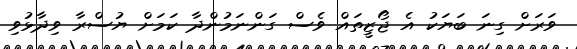
ވަރަށް ގިނަ ބަޔަކު އެ ޖޯޒީތައް ވެސް ގަންނަމުންދާ ކަމަށް ޔުސްރާ ވިދާޅުވި